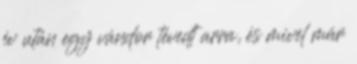
év után egy vándor tévedt arra, és mivel már